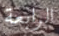
الرابعة